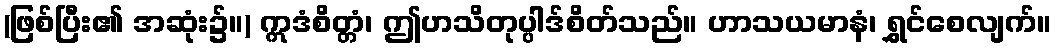
(ဖြစ်ပြီး၏ အဆုံး၌။) ဣဒံစိတ္တံ၊ ဤဟသိတုပ္ပါဒ်စိတ်သည်။ ဟာသယမာနံ၊ ရွှင်စေလျက်။